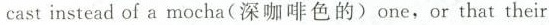
cast insteadof a mocha(深咖啡色的) one, or that their